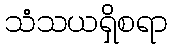
သံသယရှိစရာ